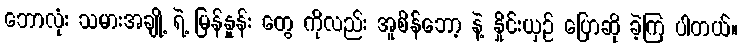
ဘောလုံး သမားအချို့ ရဲ့ မြန်နှုန်း တွေ ကိုလည်း အူစိန်ဘော့ နဲ့ နှိုင်းယှဉ် ပြောဆို ခဲ့ကြ ပါတယ်။